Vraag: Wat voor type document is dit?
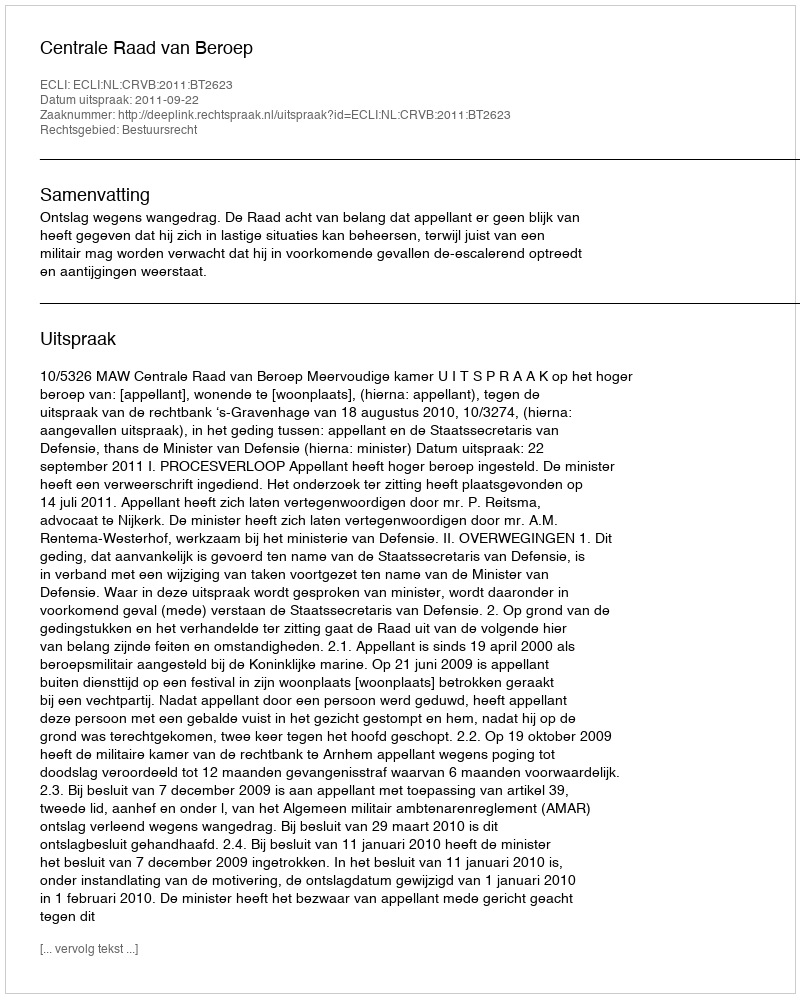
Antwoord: Uitspraak